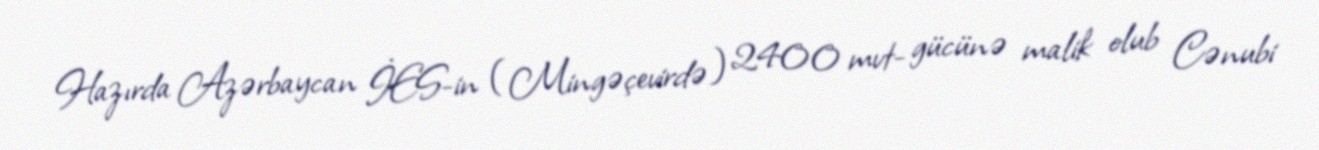
Hazırda Azərbaycan İES-in (Mingəçevirdə) 2400 mvt- gücünə malik olub Cənubi